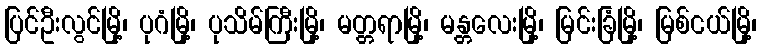
ပြင်ဦးလွင်မြို့၊ ပုဂံမြို့၊ ပုသိမ်ကြီးမြို့၊ မတ္တရာမြို့၊ မန္တလေးမြို့၊ မြင်းခြံမြို့၊ မြစ်ငယ်မြို့၊